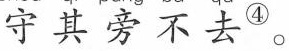
守其旁不去^{④}。